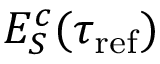
E _ { S } ^ { c } ( \tau _ { \mathrm { r e f } } )